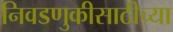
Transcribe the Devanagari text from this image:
निवडणुकीसाठीच्या